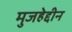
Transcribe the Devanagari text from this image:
मुजहेद्दीन